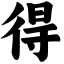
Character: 得